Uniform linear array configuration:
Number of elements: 64
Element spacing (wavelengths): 0.5
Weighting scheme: hann
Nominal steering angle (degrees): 15
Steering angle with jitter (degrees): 15.547
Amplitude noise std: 0.05
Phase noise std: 0.05

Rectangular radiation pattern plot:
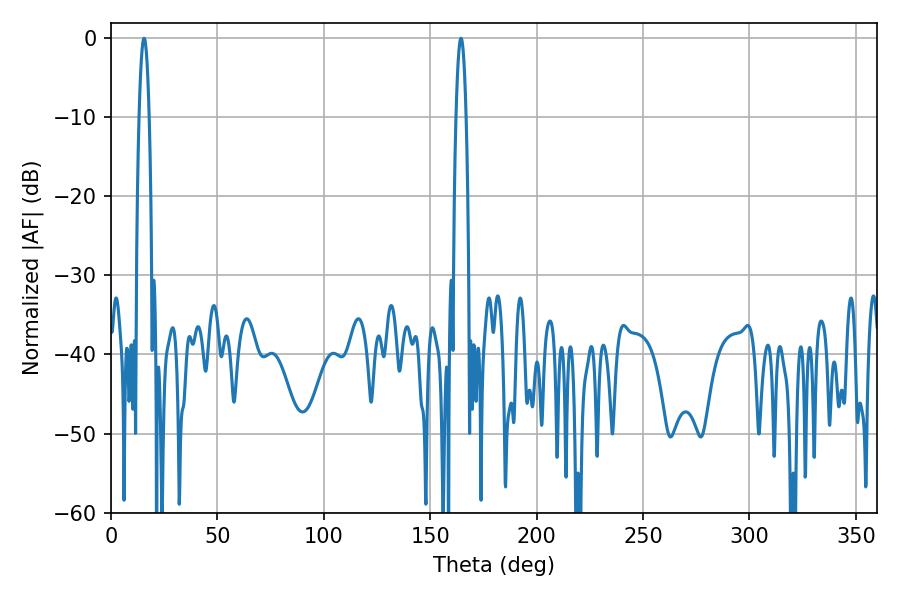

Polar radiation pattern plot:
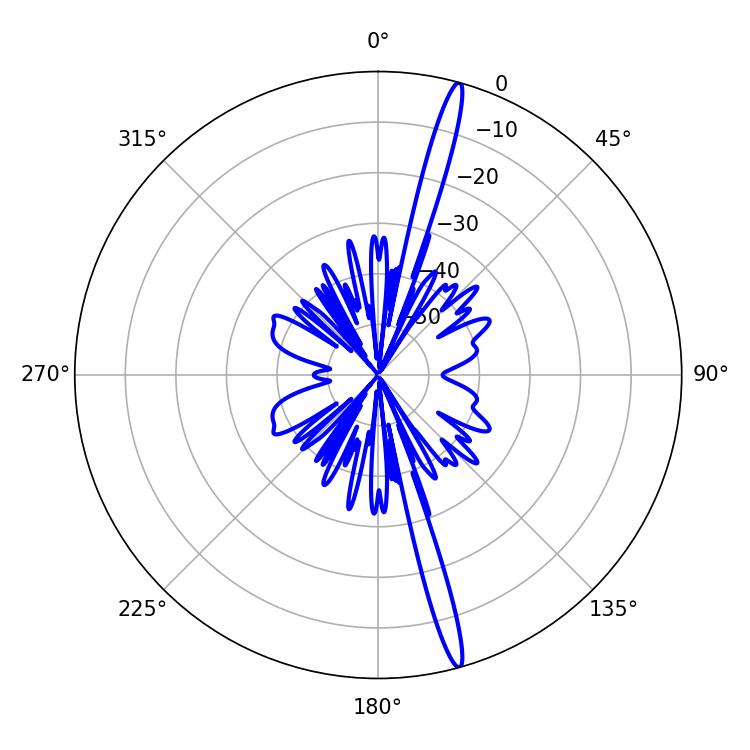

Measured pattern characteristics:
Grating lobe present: FALSE
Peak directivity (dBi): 18.742
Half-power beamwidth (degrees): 2.52
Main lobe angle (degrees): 15.48